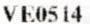
VE0514